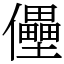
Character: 㒦